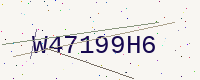
Text: W47199H6